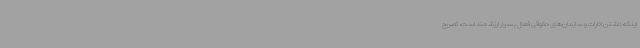
اینکه داشتن ادارات و سازمان‌های حقوقی فعال بسیار ارزشمند است، تصریح